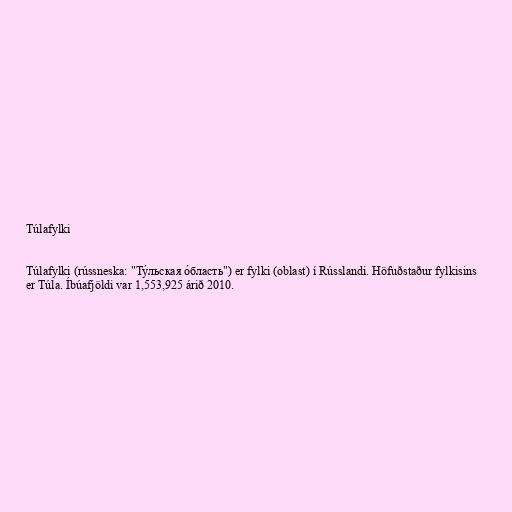
Túlafylki

Túlafylki (rússneska: "Ту́льская о́бласть") er fylki (oblast) í Rússlandi. Höfuðstaður fylkisins
er Túla. Íbúafjöldi var 1,553,925 árið 2010.